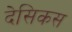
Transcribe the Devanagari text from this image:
देसिकस